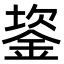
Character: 䤰